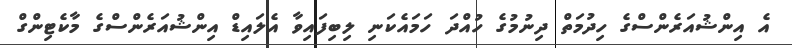
އެ އިންޝުއަރެންސްގެ ހިދުމަތް ދިނުމުގެ ހުއްދަ ހަމައެކަނި ލިބިފައިވާ އެލައިޑް އިންޝުއަރެންސްގެ މާކެޓިންގް